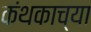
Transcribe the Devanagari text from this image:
कंथकाच्या